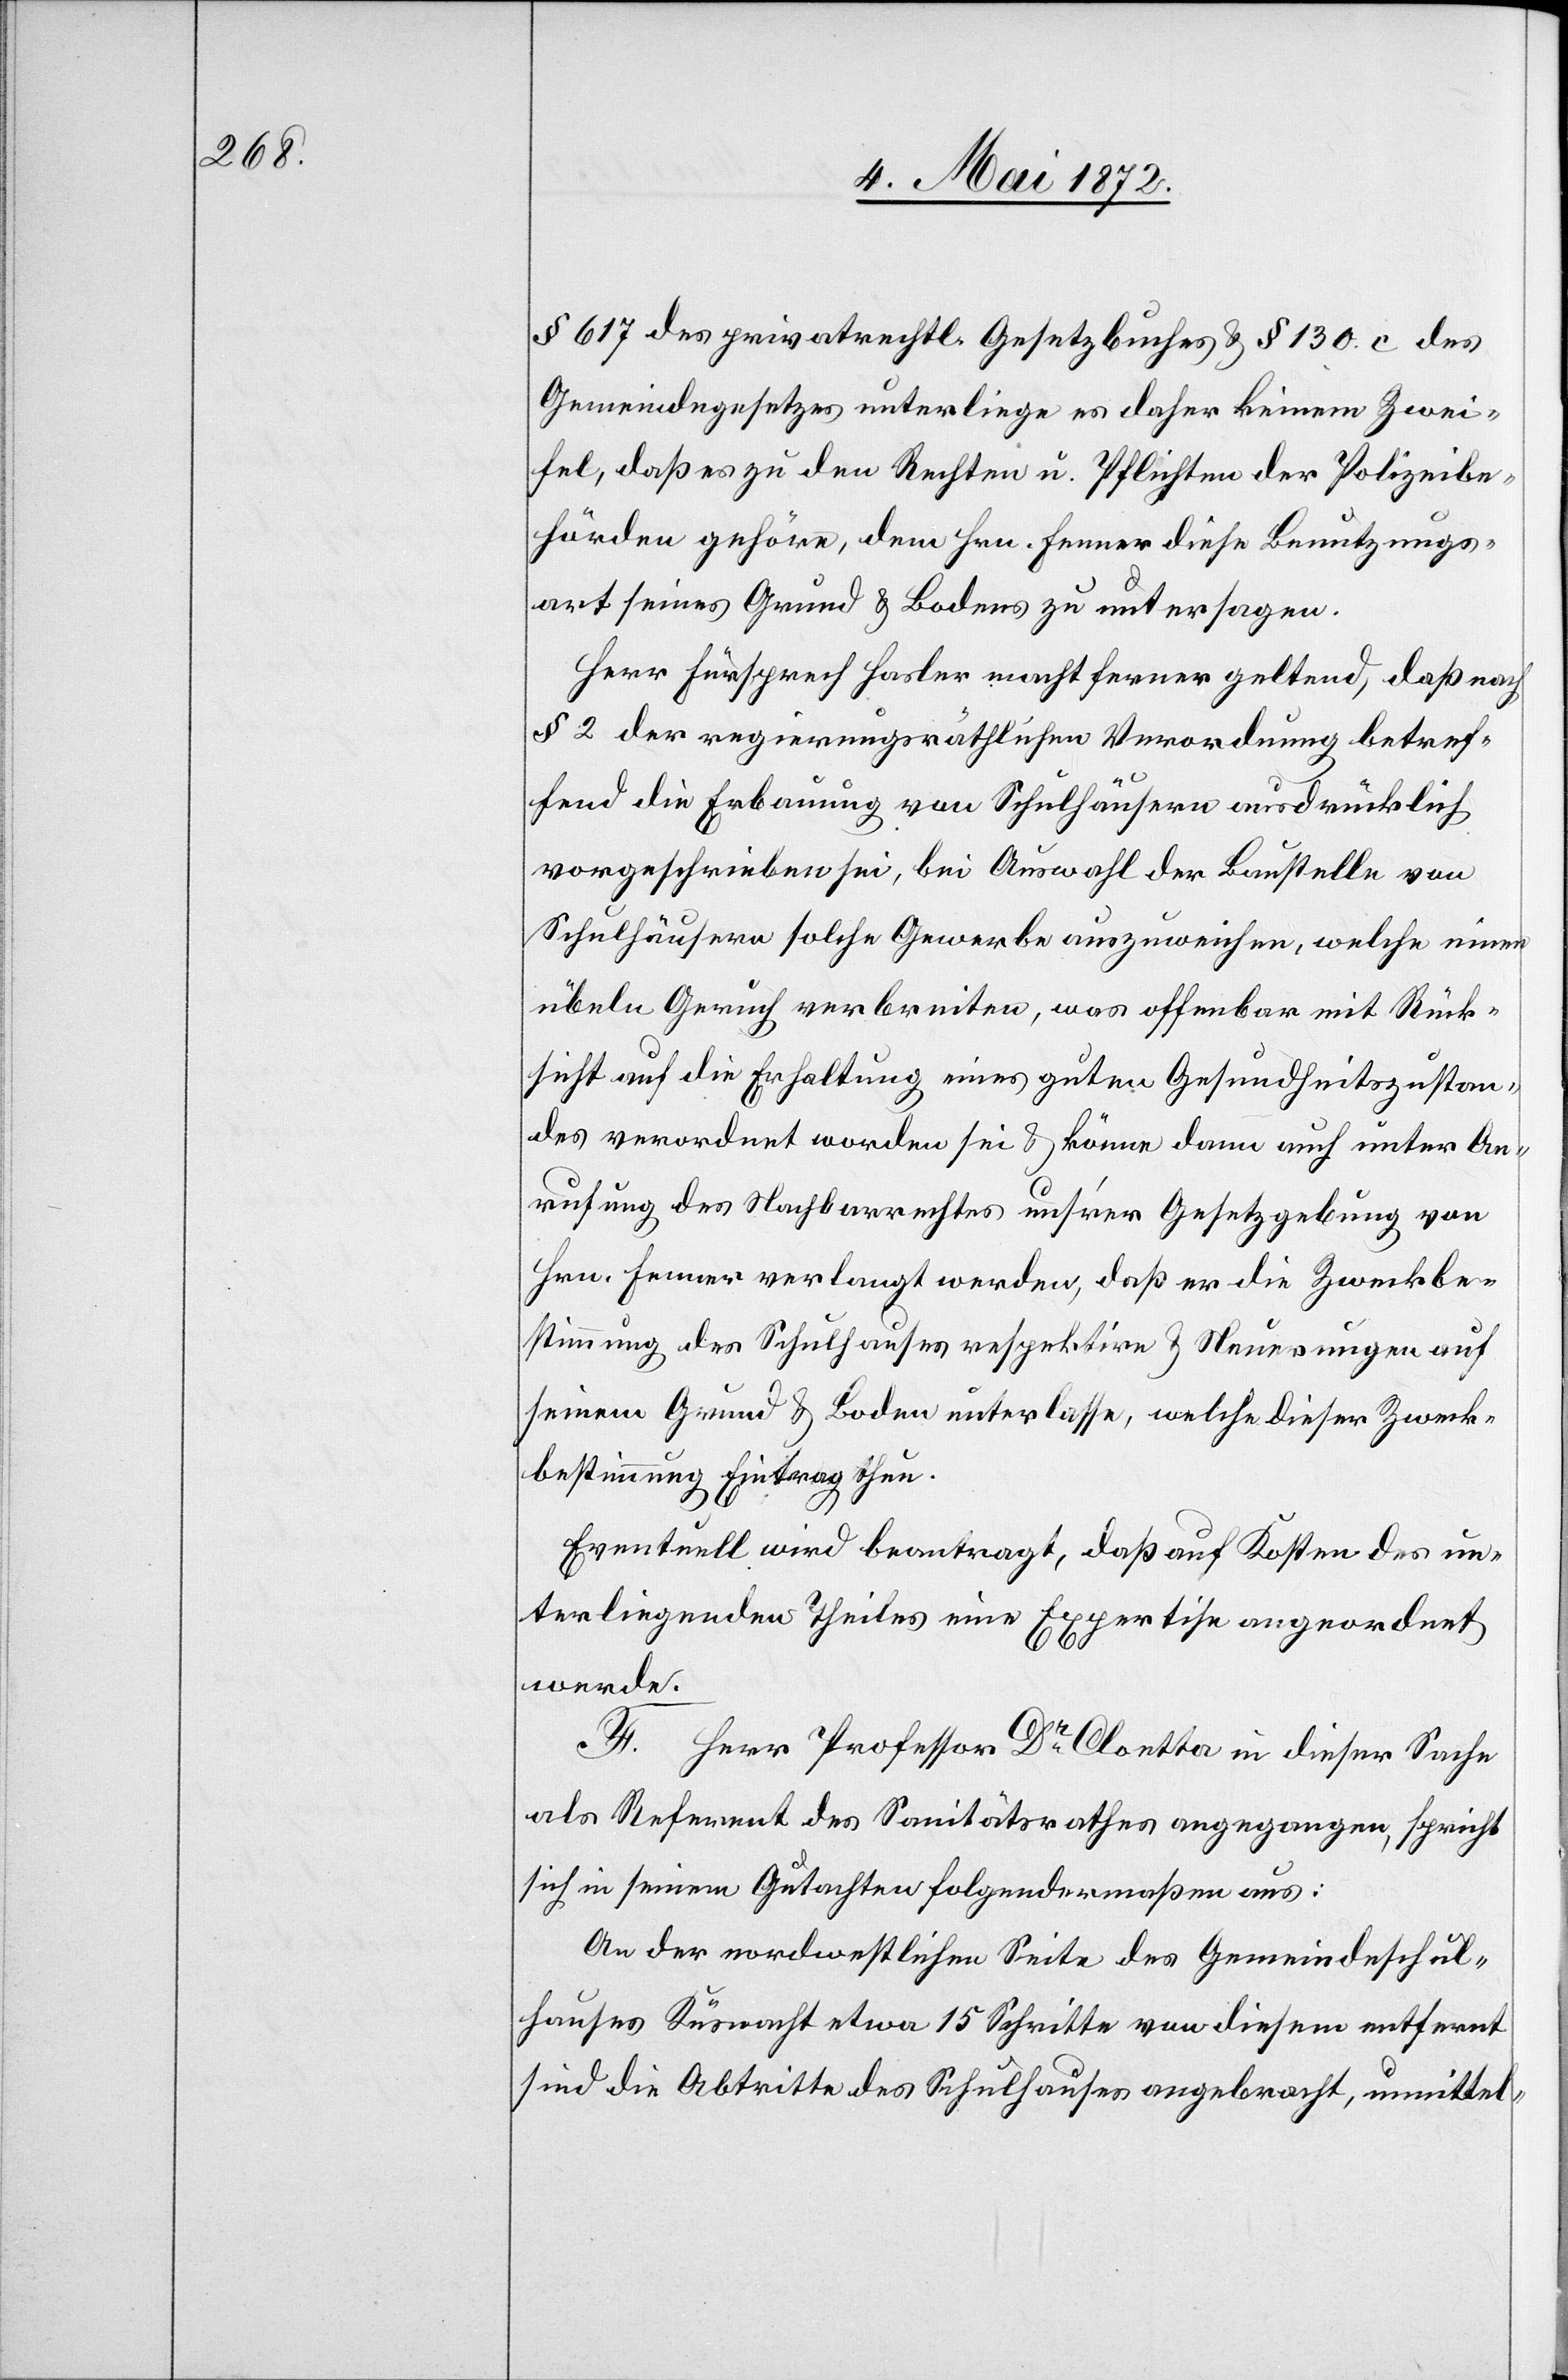
§ 617 des privatrechtl. Gesetzbuches u. § 130. c des
Gemeindegesetzes unterliege es daher keinem Zwei¬
fel, daß es zu den Rechten u. Pflichten der Polizeibe¬
hörden gehöre, dem Hrn. Fenner diese Benutzungs¬
art seines Grund u. Bodens zu untersagen.
Herr Fürsprech Hasler macht ferner geltend, daß nach
§ 2 der regierungsräthlichen Verordnung betref¬
fend die Erbauung von Schulhäusern ausdrücklich
vorgeschrieben sei, bei Auswahl der Baustelle von
Schulhäusern solche Gewerbe anzuweisen, welche einen
übeln Geruch verbreiten, was offenbar mit Rück¬
sicht auf die Erhaltung eines guten Gesundheitszustan¬
des verordnet worden sei u. könne dann auch unter An¬
rufung des Nachbarrechtes uns’rer Gesetzgebung von
Hrn. Fenner verlangt werden, daß er die Zweckbe¬
stimmung des Schulhauses respektire u. Neuerungen auf
seinem Grund u. Boden unterlasse, welche dieser Zweck¬
bestimmung Eintrag thun.
Eventuell wird beantragt, daß auf Kosten des un¬
terliegenden Theiles eine Expertise angeordnet
werde.
F.
Herr Professor Dr. Cloetta in dieser Sache
als Referent des Sanitätsrathes angegangen, spricht
sich in seinem Gutachten folgendermaßen aus:
An der nordwestlichen Seite des Gemeindeschul¬
hauses Küsnacht etwa 15 Schritte von diesem entfernt
sind die Abtritte des Schulhauses angebracht, unmittel-